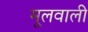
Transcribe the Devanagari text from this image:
मूलवाली